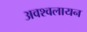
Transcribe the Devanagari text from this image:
अवश्वलायन